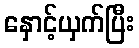
နှောင့်ယှက်ပြီး